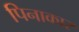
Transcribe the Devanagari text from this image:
पिनाकार